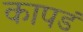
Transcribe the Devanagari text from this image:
कापडं